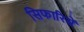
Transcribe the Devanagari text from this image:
सिफारिसें